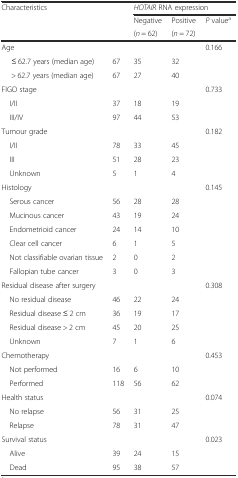
<table><thead><tr><td rowspan="3"><b>Characteristics</b></td><td rowspan="3"></td><td colspan="3"><b><i>HOTAIR</i> RNA expression</b></td></tr><tr><td><b>Negative</b></td><td><b>Positive</b></td><td rowspan="2"><b><i>P</i> value<sup>a</sup></b></td></tr><tr><td><b>(<i>n</i> = 62)</b></td><td><b>(<i>n</i> = 72)</b></td></tr></thead><tbody><tr><td>Age</td><td></td><td></td><td></td><td>0.166</td></tr><tr><td>≤ 62.7 years (median age)</td><td>67</td><td>35</td><td>32</td><td></td></tr><tr><td>&gt; 62.7 years (median age)</td><td>67</td><td>27</td><td>40</td><td></td></tr><tr><td>FIGO stage</td><td></td><td></td><td></td><td>0.733</td></tr><tr><td> I/II</td><td>37</td><td>18</td><td>19</td><td></td></tr><tr><td> III/IV</td><td>97</td><td>44</td><td>53</td><td></td></tr><tr><td>Tumour grade</td><td></td><td></td><td></td><td>0.182</td></tr><tr><td> I/II</td><td>78</td><td>33</td><td>45</td><td></td></tr><tr><td> III</td><td>51</td><td>28</td><td>23</td><td></td></tr><tr><td> Unknown</td><td>5</td><td>1</td><td>4</td><td></td></tr><tr><td>Histology</td><td></td><td></td><td></td><td>0.145</td></tr><tr><td> Serous cancer</td><td>56</td><td>28</td><td>28</td><td></td></tr><tr><td> Mucinous cancer</td><td>43</td><td>19</td><td>24</td><td></td></tr><tr><td> Endometrioid cancer</td><td>24</td><td>14</td><td>10</td><td></td></tr><tr><td> Clear cell cancer</td><td>6</td><td>1</td><td>5</td><td></td></tr><tr><td> Not classifiable ovarian tissue</td><td>2</td><td>0</td><td>2</td><td></td></tr><tr><td> Fallopian tube cancer</td><td>3</td><td>0</td><td>3</td><td></td></tr><tr><td>Residual disease after surgery</td><td></td><td></td><td></td><td>0.308</td></tr><tr><td> No residual disease</td><td>46</td><td>22</td><td>24</td><td></td></tr><tr><td> Residual disease ≤ 2 cm</td><td>36</td><td>19</td><td>17</td><td></td></tr><tr><td> Residual disease &gt; 2 cm</td><td>45</td><td>20</td><td>25</td><td></td></tr><tr><td> Unknown</td><td>7</td><td>1</td><td>6</td><td></td></tr><tr><td>Chemotherapy</td><td></td><td></td><td></td><td>0.453</td></tr><tr><td> Not performed</td><td>16</td><td>6</td><td>10</td><td></td></tr><tr><td> Performed</td><td>118</td><td>56</td><td>62</td><td></td></tr><tr><td>Health status</td><td></td><td></td><td></td><td>0.074</td></tr><tr><td> No relapse</td><td>56</td><td>31</td><td>25</td><td></td></tr><tr><td> Relapse</td><td>78</td><td>31</td><td>47</td><td></td></tr><tr><td>Survival status</td><td></td><td></td><td></td><td>0.023</td></tr><tr><td> Alive</td><td>39</td><td>24</td><td>15</td><td></td></tr><tr><td> Dead</td><td>95</td><td>38</td><td>57</td><td></td></tr></tbody></table>